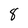
Character: 8